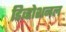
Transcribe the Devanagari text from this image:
डिव्होशनल